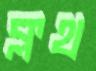
ক্লথ